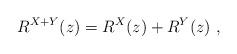
LaTeX: \begin{align*}R^{X+Y}(z)=R^X(z)+R^Y(z)\ ,\end{align*}